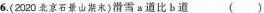
6.(2020北京石景山期末)滑雪a道比b （）